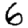
Digit: 6